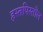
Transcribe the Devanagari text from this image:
हस्तपिस्तौल